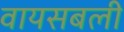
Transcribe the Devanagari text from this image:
वायसबली